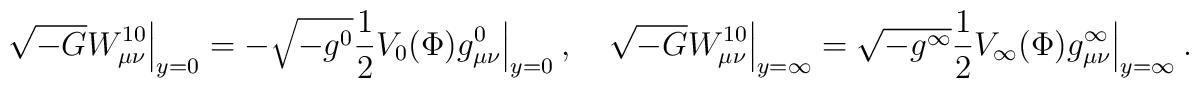
\sqrt{-G}W^{10}_{\mu\nu}\Big|_{y=0}=-\sqrt{-g^{0}}\frac{1}{2}V_{0}(\Phi)g^{0}_{\mu\nu}\Bigr|_{y=0}\ ,\quad\sqrt{-G}W^{10}_{\mu\nu}\Big|_{y=\infty}=\sqrt{-g^{\infty}}\frac{1}{2}V_{\infty}(\Phi)g^{\infty}_{\mu\nu}\Bigr|_{y=\infty}\ .